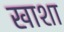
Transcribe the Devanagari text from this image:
खाशा